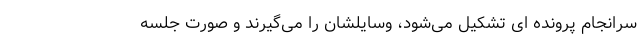
سرانجام پرونده ‌ای تشکیل می‌شود، وسایلشان را می‌گیرند و صورت جلسه